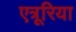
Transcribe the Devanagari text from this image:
एत्रूरिया